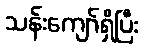
သန်းကျော်ရှိပြီး